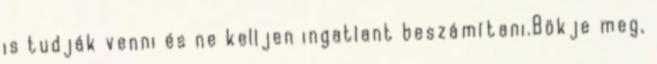
is tudják venni és ne kelljen ingatlant beszámítani.Bökje meg,